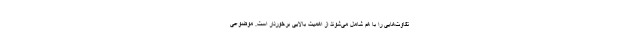
تفاوت‌هایی را با هم شامل می‌شوند از اهمیت بالایی برخوردار است. موضوعی